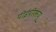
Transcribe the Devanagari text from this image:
पीईपीएसयू